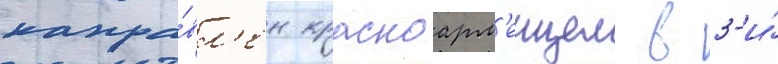
напра́вл'ен красноарм'еицем в 3-и́